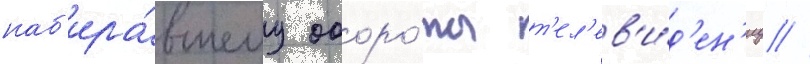
наб'ира́вшему оборо́ты т'ел'ев'и́д'ен'иу //